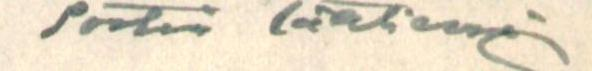
Postiin lähtenyt